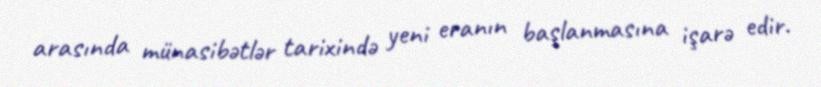
arasında münasibətlər tarixində yeni eranın başlanmasına işarə edir.